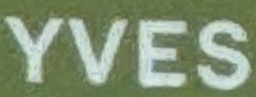
YVES